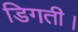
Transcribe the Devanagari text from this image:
डिगती।